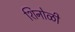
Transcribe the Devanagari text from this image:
शिनोळी